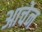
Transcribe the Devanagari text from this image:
आचेन